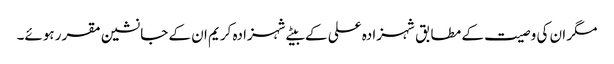
مگر ان کی وصیت کے مطابق شہزادہ علی کے بیٹے شہزادہ کریم ان کے جانشین مقرر ہوئے۔